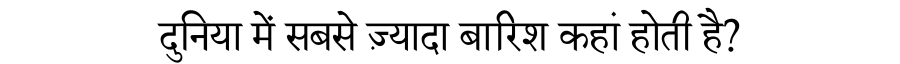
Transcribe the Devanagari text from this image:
दुनिया में सबसे ज़्यादा बारिश कहां होती है?